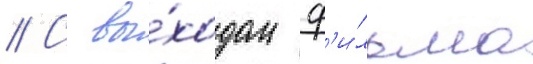
// С вы́ходом ф'и́льма